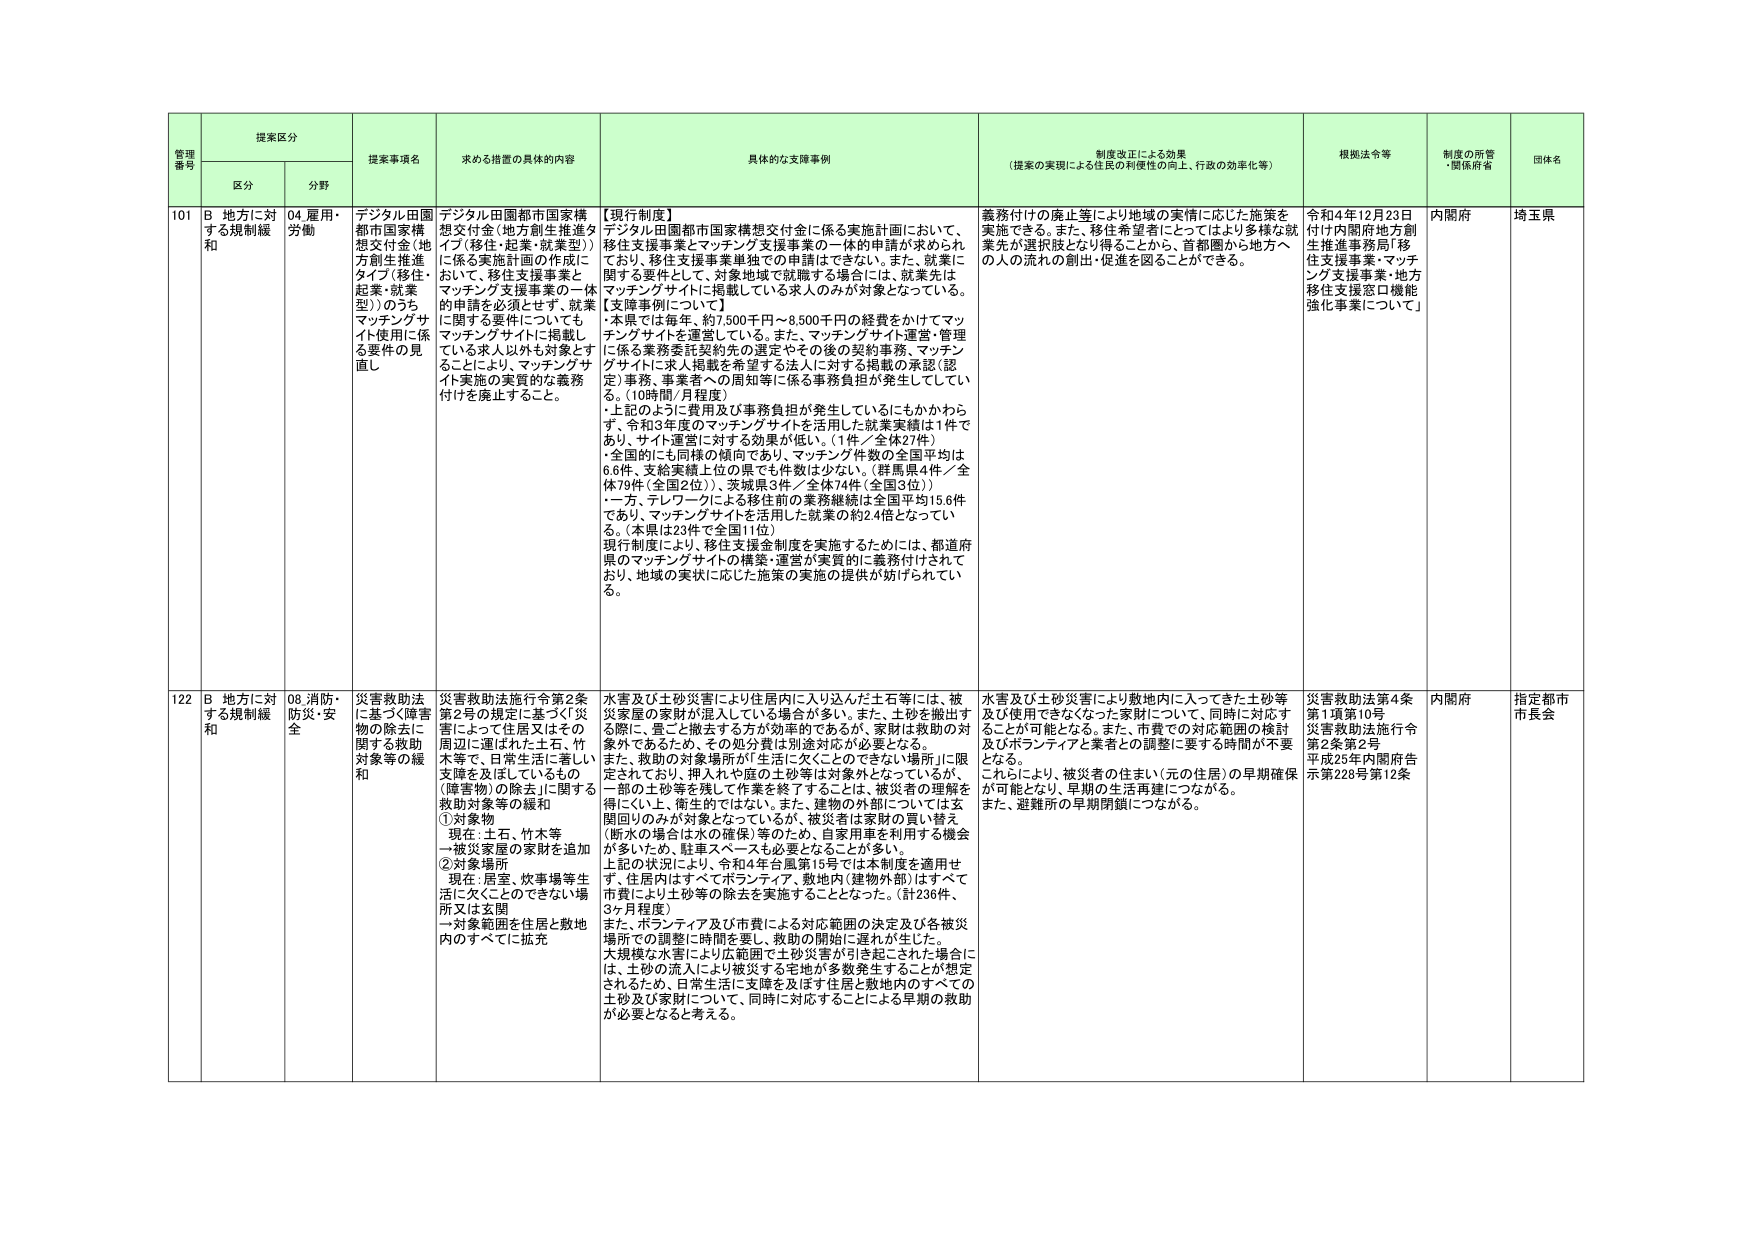
管理番号 提案区分 提案事項名 求める措置の具体的内容 具体的な支援事例 制度改正による効果（提案の実現による住民の利便性の向上、行政の効率化等） 根拠法令等 制度の所管・関係府省 団体名
区分 分野
101 B 地方に対する規制緩和 04 雇用・労働 デジタル田園都市国家構想交付金（地方創生推進タイプ「移住・起業・就業型」）のうちマッチングサイト使用に係る要件の見直し デジタル田園都市国家構想交付金（地方創生推進タイプ「移住・起業・就業型」）に係る実施計画の作成において、移住支援事業とマッチング支援事業の一体的申請を必須とせず、就業に関する要件についてもマッチングサイトに掲載している求人以外も対象とすることにし、マッチングサイト実施の実質的な義務付けを廃止すること。 【現行制度】 デジタル田園都市国家構想交付金に係る実施計画において、移住支援事業とマッチング支援事業の一体的申請が求められており、移住支援事業単独での申請はできない。また、就業に関する要件として、対象地域で就職する場合には、就業先はマッチングサイトに掲載している求人のみが対象となっている。 【支援事例について】 ・本県では毎年、約7,500千円～8,500千円の経費をかけてマッチングサイトを運営している。また、マッチングサイト運営・管理に係る業務委託契約先の選定やその後の契約事務、マッチングサイトに求人掲載を希望する法人に対する掲載の承認（認定）事務、事業者への周知等に係る事務負担が発生している。（10時間/月程度） ・上記のように費用及び事務負担が発生しているにもかかわらず、令和3年度のマッチングサイトを活用した就業実績は1件であり、サイト運営に対する効果が低い。（1件／全体27件） ・全国的にも同様の傾向であり、マッチング件数の全国平均は6.6件、支給実績上位の県でも件数は少ない。（群馬県4件／全体79件（全国2位））、茨城県3件／全体74件（全国3位）） ・一方、テレワークによる移住前の業務継続は全国平均15.6件であり、マッチングサイトを活用した就業の約2.4倍となっている。（本県は23件で全国11位） 現行制度により、移住支援金制度を実施するためには、都道府県のマッチングサイトの構築・運営が実質的に義務付けされており、地域の実状に応じた施策の実施の提供が妨げられている。 義務付けの廃止等により地域の実情に応じた施策を実施できる。また、移住希望者にとってはより多様な就業先が選択肢となり得ることから、首都圏から地方への人々の流れの創出・促進を図ることができる。 令和4年12月23日付け内閣府地方創生推進事務局「移住支援事業・マッチング支援事業・地方移住支援窓口機能強化事業について」 内閣府 埼玉県
122 B 地方に対する規制緩和 08 消防・防災・安全 災害救助法に基づく障害物の除去に関する救助対象等の緩和 災害救助法施行令第2条第2号の規定に基づく「災害によって住居又はその周辺に運ばれた土石、竹木等で、日常生活に著しい支障を及ぼしているもの（障害物）の除去」に関する救助対象等の緩和 ①対象物 現在：土石、竹木等 →被災家屋の家財を追加 ②対象場所 現在：居室、炊事場等生活に欠くことのできない場所又は玄関 →対象範囲を住居と敷地内のすべてに拡充 水害及び土砂災害により住居内に入り込んだ土石等には、被災家屋の家財が混入している場合が多い。また、土砂を撤出する際に、畳ごと撤去する方が効率的であるが、家財は救助の対象外であるため、その処分費は別途対応が必要となる。 また、救助の対象場所が「生活に欠くことのできない場所」に限定されており、押入れや庭の土砂等は対象外となっているが、一部の土砂等を残して作業を終了することは、被災者の理解を得にくい上、衛生的ではない。また、建物の外部については玄関回りのみが対象となっているが、被災者は家財の買い替え（断水の場合は水の確保）等のため、自家用車を利用する機会が多いため、駐車スペースも必要となることが多い。 上記の状況により、令和4年台風第15号では本制度を適用せず、住居内はすべてボランティア、敷地内（建物外部）はすべて市費により土砂等の除去を実施することとなった。（計236件、3ヶ月程度） また、ボランティア及び市費による対応範囲の決定及び各被災場所での調整に時間を要し、救助の開始に遅れが生じた。 大規模な水害により広範囲で土砂災害が引き起こされた場合には、土砂の流入により被災する宅地が多数発生することが想定されるため、日常生活に支障を及ぼす住居と敷地内のすべての土砂及び家財について、同時に対応することによる早期の救助が必要となると考える。 水害及び土砂災害により敷地内に入ってきた土砂等及び使用できなくなった家財について、同時に対応することが可能となる。また、市費での対応範囲の検討及びボランティアと業者との調整に要する時間が不要となる。 これにより、被災者の住まい（元の住居）の早期確保が可能となり、早期の生活再建につながる。 また、避難所の早期閉鎖につながる。 災害救助法第4条第1項第10号 災害救助法施行令第2条第2号 平成25年内閣府告示第228号第12条 内閣府 指定都市市長会